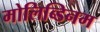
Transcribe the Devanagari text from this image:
मोलिब्डिनम